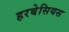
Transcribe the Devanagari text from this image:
हरबेसियस